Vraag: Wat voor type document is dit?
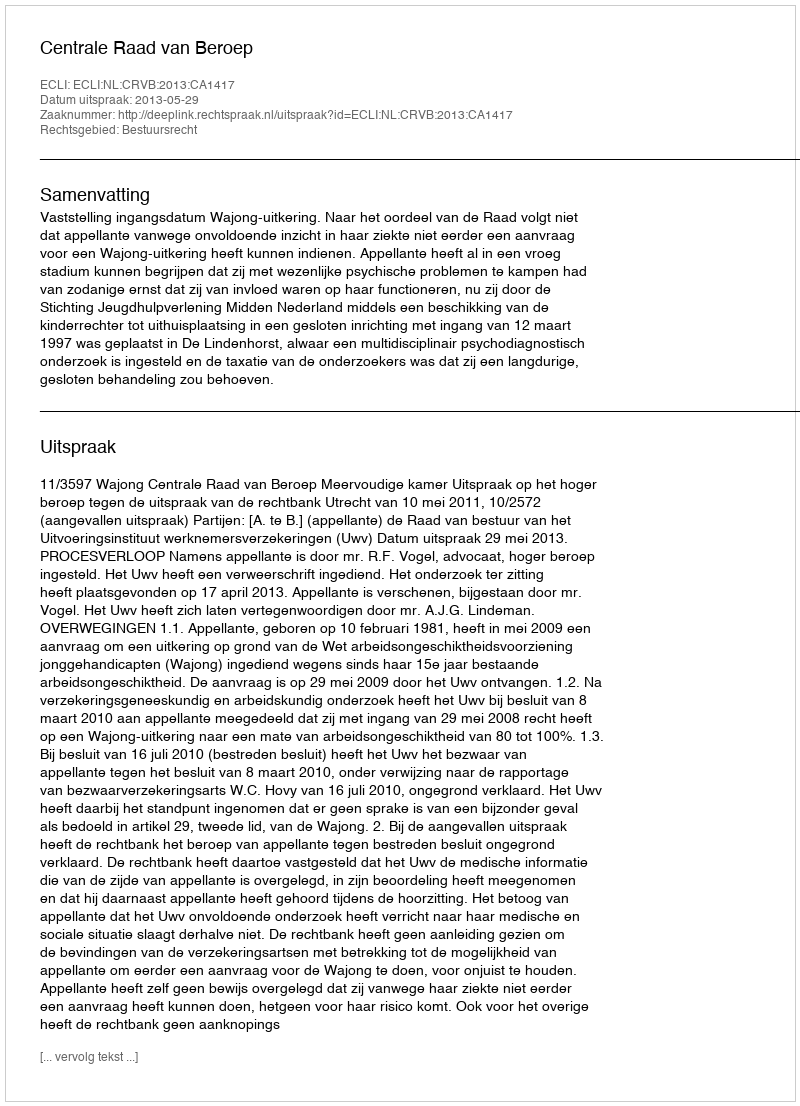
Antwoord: Uitspraak